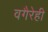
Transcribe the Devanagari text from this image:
वगैरेही